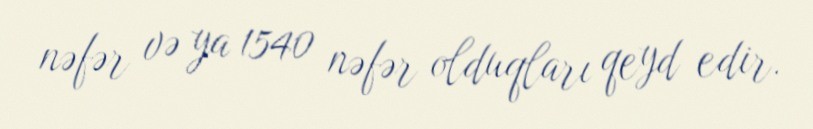
nəfər və ya 1540 nəfər olduqları qeyd edir.